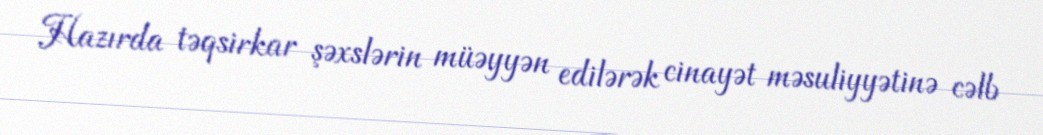
Hazırda təqsirkar şəxslərin müəyyən edilərək cinayət məsuliyyətinə cəlb